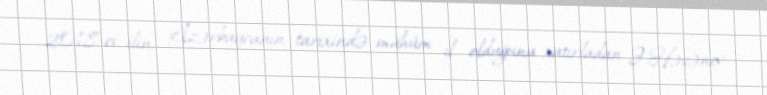
2018-ci ilin Azərbaycanın tarixində mühüm il olduğunu xatırladan Ə.Həsənov